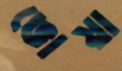
ভোয়া